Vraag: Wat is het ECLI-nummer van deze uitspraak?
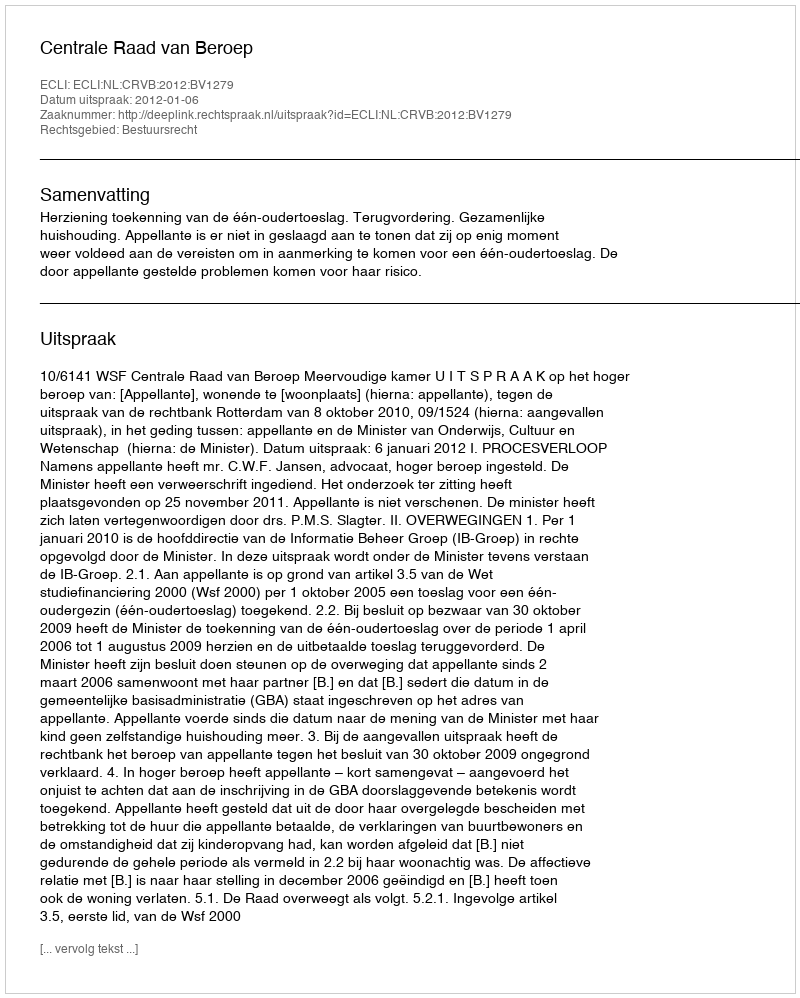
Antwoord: ECLI:NL:CRVB:2012:BV1279